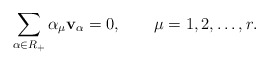
\begin{align*}\sum_{\alpha\in R_+}\alpha_\mu {\bf v}_\alpha = 0, \qquad \mu =1,2,\ldots , r.\end{align*}